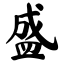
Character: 盛